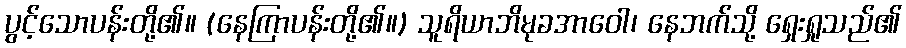
ပွင့်သောပန်းတို့၏။ (နေကြာပန်းတို့၏။) သူရိယာဘိမုခအာဝေါ၊ နေဘက်သို့ ရှေးရှုသည်၏